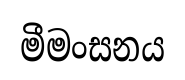
මීමංසනය